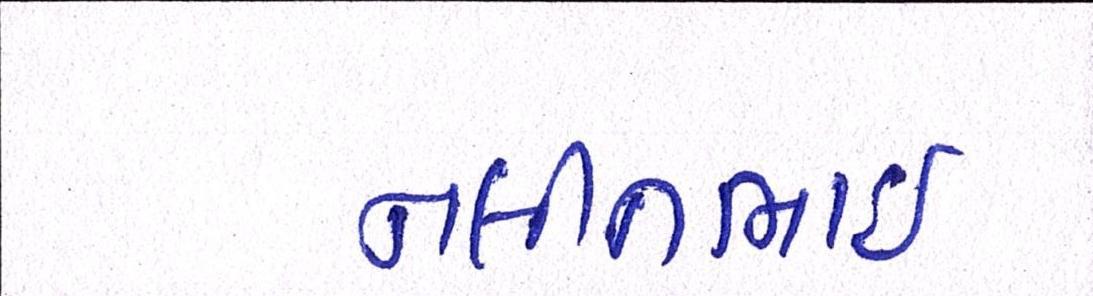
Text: નલીનભાઈ